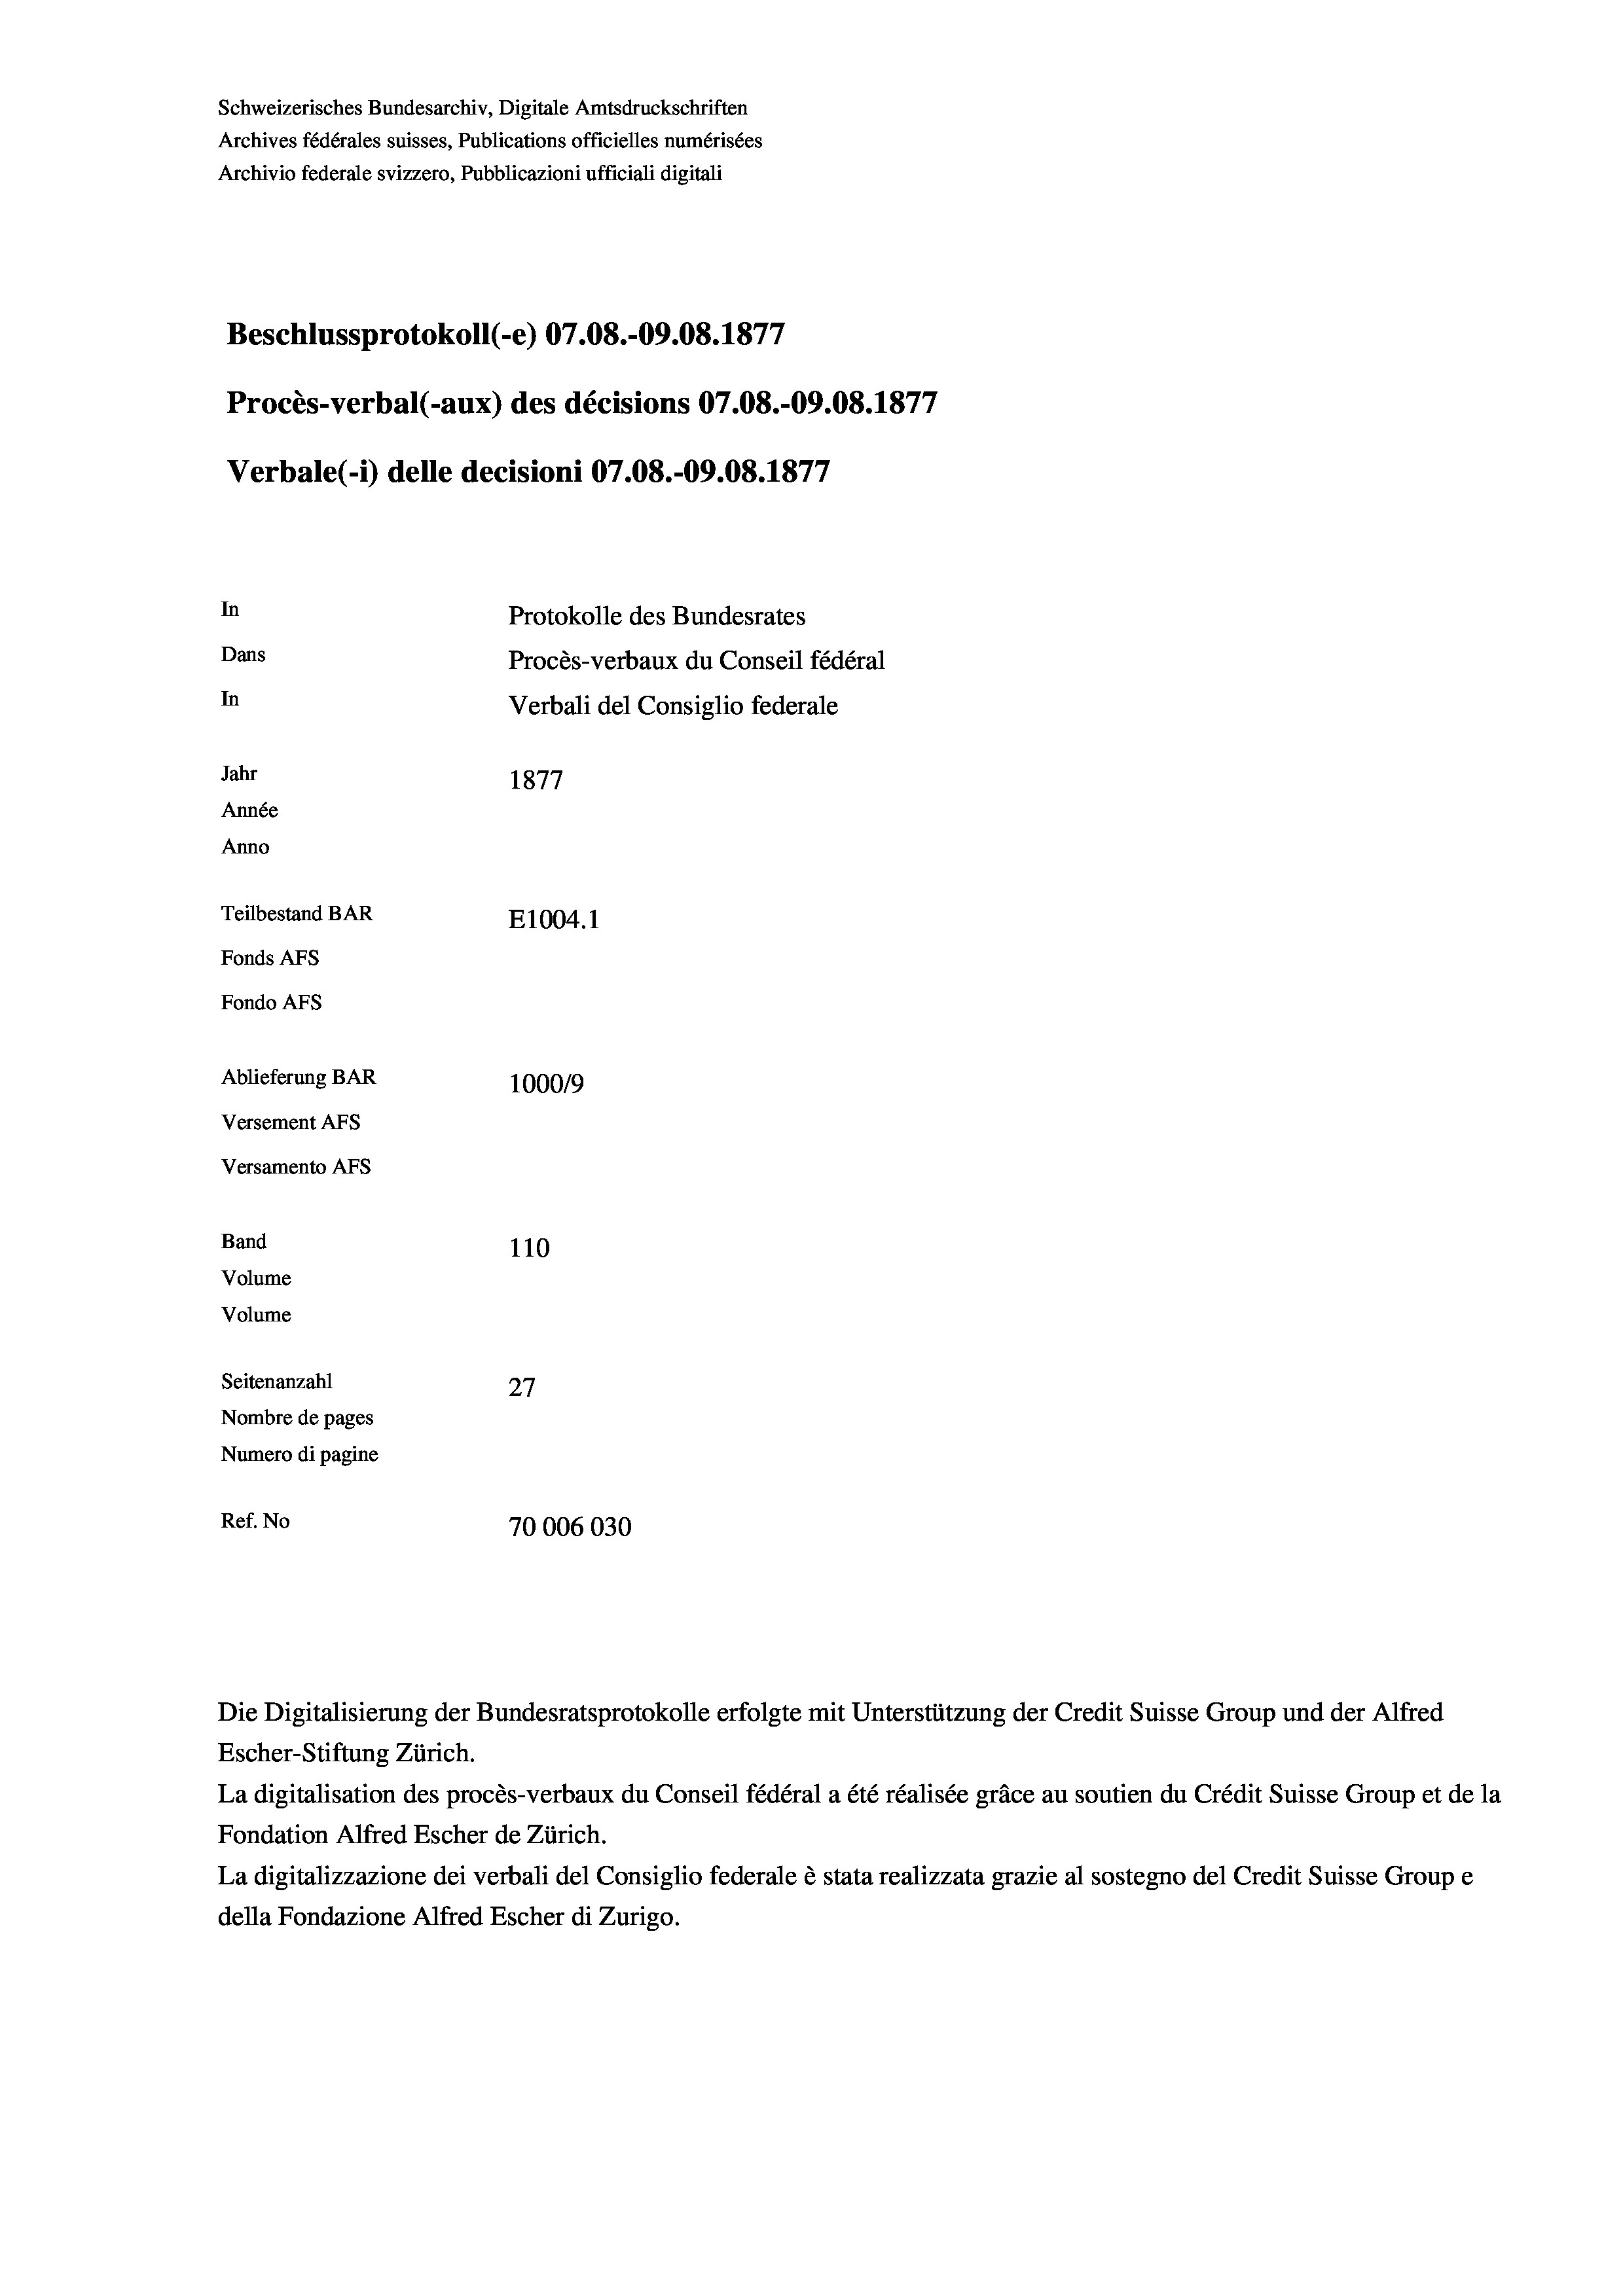
Schweizerisches Bundesarchiv, Digitale Amtsdruckschriften
Archives fédérales suisses, Publications officielles numérisées
Archivio federale svizzero, Pubblicazioni ufficiali digitali
Beschlussprotokoll (e) 07.08.-09.08. 1877
Procès-verbal (-aux) des décisions 07.08.-09.08. 1877
Verbale (1) delle decisioni 07.08.-09.08. 1877
In
Protokolle des Bundesrates
Dans
Procès-verbaux du Conseil fédéral
In
Verbali del Consiglio federale
Jahr
1877
Année
Anno
Teilbestand BAR
E1004.1
Fonds AFs
Fondo AFS
Ablieferung BAR
100019
Versement AFs
Versamento AFs
Band
110
Volume
Volume
Seitenanzahl
27
Nombre de pages
Numero di pagine
Ref. No
70006030

Die Digitalisierung der Bundesratsprotokolle erfolgte mit Unterstützung der Credit Suisse Group und der Alfred

Escher-Stiftung Zürich.
La digitalisation des procès-verbaux du Conseil fédéral a été réalisée gräce au soutien du Crédit Suisse Group et de la
Fondation Alfred Escher de Zürich.
La digitalizzazione dei verbali del Consiglio federale è stata realizzata grazie al sostegno del Credit Suisse Groupe
della Fondazione Alfred Escher di Zurigo.